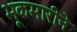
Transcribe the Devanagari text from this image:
भूकमारीने